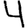
Digit: 4